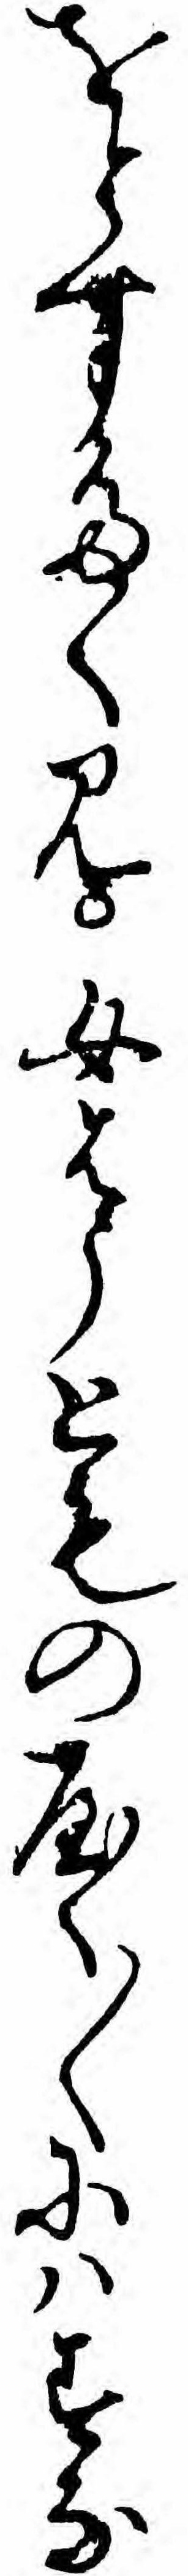
をとすたくみ女はうとものやく〱にハすな